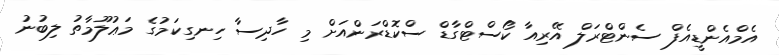
އެމްއެންޑީއެފް ސެންޓްރަލް އޭރިއާ ކޯސްޓްގާޑް ސްކޮޑްރަންއަށް މި ހާދިސާ ހިނގިކަމުގެ މަޢުލޫމާތު ލިބުނު